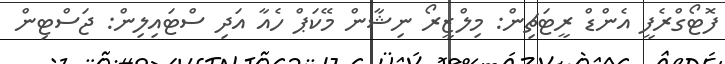
ފޮޓޯގްރެފީ އެންޑް ރީޓަޗިން: މިލްޒީރޯ ނިޝާން މޭކަޕް ހެއާ އަދި ސްޓައިލިން: ޖަސްޓިން